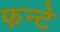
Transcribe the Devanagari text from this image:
फन्टे